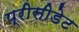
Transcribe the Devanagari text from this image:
प्रीसीडेट